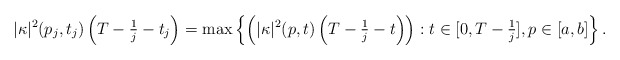
\begin{align*} |\kappa|^2(p_j,t_j) \left(T-\tfrac{1}{j} - t_j\right) = \max\left\{\left(|\kappa|^2(p,t) \left(T-\tfrac{1}{j} - t\right)\right) : t\in[0,T-\tfrac{1}{j}], p\in[a,b]\right\}.\end{align*}